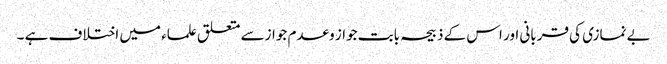
بے نمازی کی قربانی اور اس کے ذبیحہ بابت جواز وعدم جوازسے متعلق علماء میں اختلاف ہے ۔